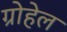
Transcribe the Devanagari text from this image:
ग्रोहेल